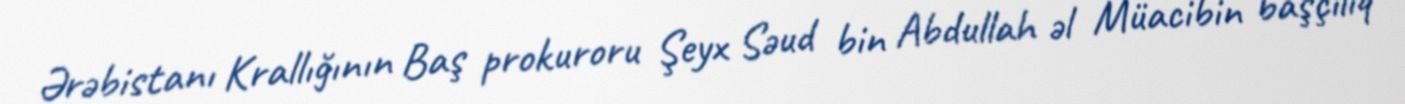
Ərəbistanı Krallığının Baş prokuroru Şeyx Səud bin Abdullah əl Müacibin başçılıq